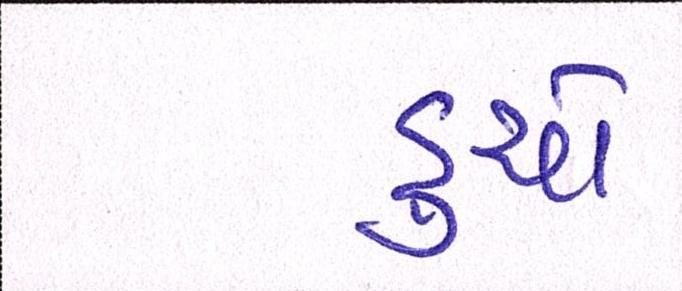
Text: ડુચો